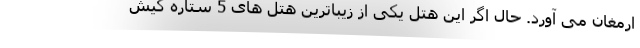
ارمغان می آورد. حال اگر این هتل یکی از زیباترین هتل های 5 ستاره کیش